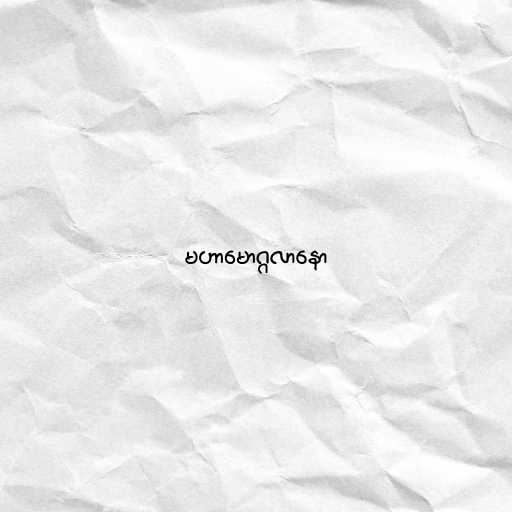
မဟာမောဂ္ဂလာနော